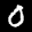
Label: 0